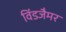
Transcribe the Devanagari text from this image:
विंडजैमर